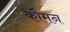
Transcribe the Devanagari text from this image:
कौमन